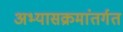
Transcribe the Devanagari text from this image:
अभ्यासक्रमांतर्गत